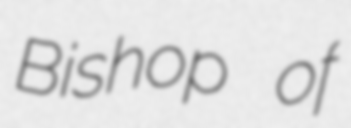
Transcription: Bishop of